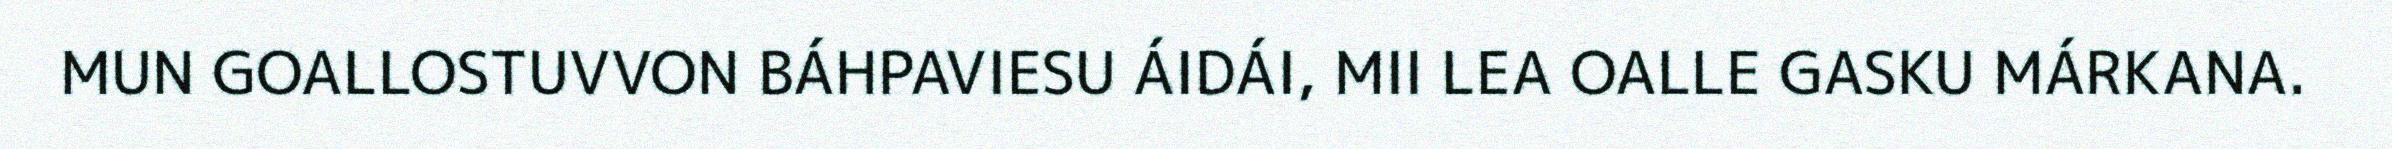
MUN GOALLOSTUVVON BÁHPAVIESU ÁIDÁI, MII LEA OALLE GASKU MÁRKANA.